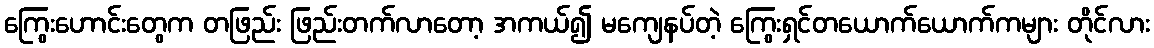
ကြွေးဟောင်းတွေက တဖြည်း ဖြည်းတက်လာတော့ အကယ်၍ မကျေနပ်တဲ့ ကြွေးရှင်တယောက်ယောက်ကများ တိုင်လား